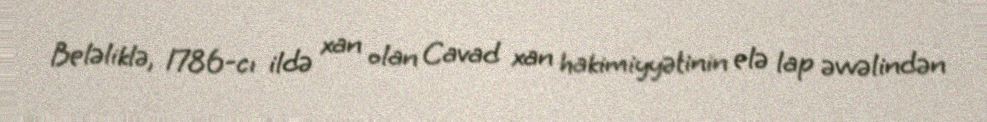
Beləliklə, 1786-cı ildə xan olan Cavad xan hakimiyyətinin elə lap əvvəlindən